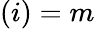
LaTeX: (i)=m